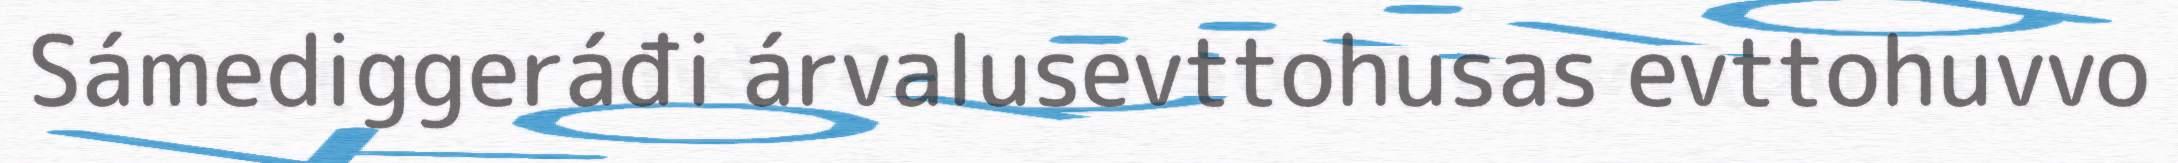
Sámediggeráđi árvalusevttohusas evttohuvvo